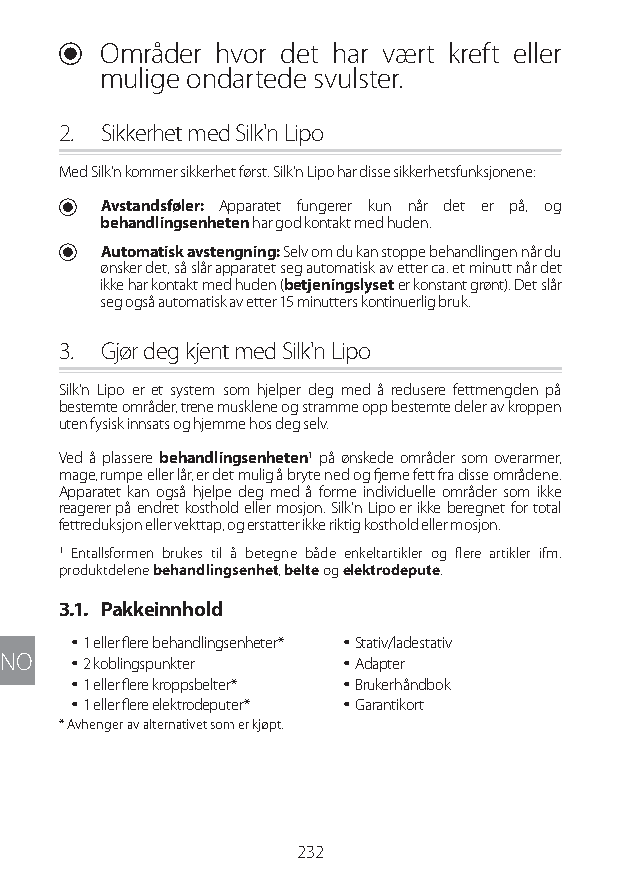
U Områder hvor det har vært kreft eller
 mulige ondartede svulster.
 2. Sikkerhet med Silk'n Lipo
 Med Silk'n kommer sikkerhet først. Silk'n Lipo har disse sikkerhetsfunksjonene:
 U Avstandsføler: Apparatet fungerer kun når det er på, og
 behandlingsenheten har god kontakt med huden.
 U Automatisk avstengning: Selv om du kan stoppe behandlingen når du
 ønsker det, så slår apparatet seg automatisk av etter ca. et minutt når det
 ikke har kontakt med huden (betjeningslyset er konstant grønt). Det slår
 seg også automatisk av etter 15 minutters kontinuerlig bruk.
 3. Gjør deg kjent med Silk'n Lipo
 Silk'n Lipo er et system som hjelper deg med å redusere fettmengden på
 bestemte områder, trene musklene og stramme opp bestemte deler av kroppen
 uten fysisk innsats og hjemme hos deg selv.
 Ved å plassere behandlingsenheten1 på ønskede områder som overarmer,
 mage, rumpe eller lår, er det mulig å bryte ned og fjerne fett fra disse områdene.
 Apparatet kan også hjelpe deg med å forme individuelle områder som ikke
 reagerer på endret kosthold eller mosjon. Silk'n Lipo er ikke beregnet for total
 fettreduksjon eller vekttap, og erstatter ikke riktig kosthold eller mosjon.
 1 Entallsformen brukes til å betegne både enkeltartikler og flere artikler ifm.
 produktdelene behandlingsenhet, belte og elektrodepute.
 3.1. Pakkeinnhold
 y 1 eller flere behandlingsenheter* y Stativ/ladestativ
 NO  y 2 koblingspunkter y Adapter
 y 1 eller flere kroppsbelter* y Brukerhåndbok
 y 1 eller flere elektrodeputer* y Garantikort
 * Avhenger av alternativet som er kjøpt.
 232
 Lipo UM EU124 3545B inside ALL EU124 ED296-24 release.indd 232 14/08/2018 10:57:46